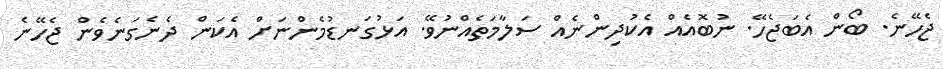
ޖެހޭނެ. ބޯން އެބަޖެހޭ. ނުބޮއެއް އެކުދިންނެއް ސަލާމަތެއްނުވޭ. އަޅުގަނޑުމެންނަށް އެކަން ދެނެގަނެވެން ޖެހޭނެ